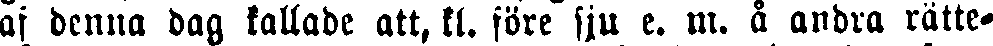
af denna dag kallade att, kl. före sju e. m. å andra rätte-